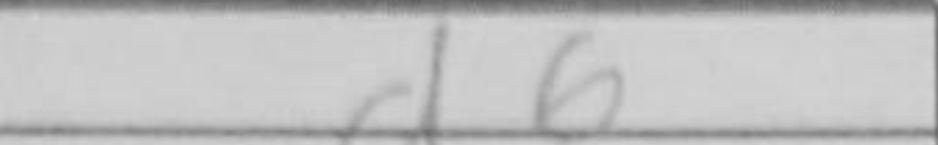
Transcription: d6